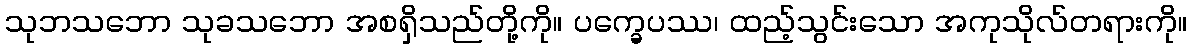
သုဘသဘော သုခသဘော အစရှိသည်တို့ကို။ ပက္ခေပဿ၊ ထည့်သွင်းသော အကုသိုလ်တရားကို။